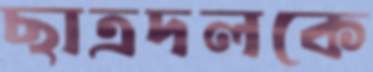
ছাত্রদলকে